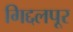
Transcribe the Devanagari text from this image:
गिद्दलपूर